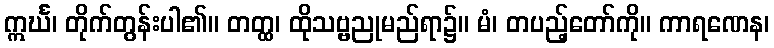
ဣင်္ဃ၊ တိုက်တွန်းပါ၏။ တတ္ထ၊ ထိုသဗ္ဗညုမည်ရာ၌။ မံ၊ တပည့်တော်ကို။ ကာရဏေန၊